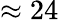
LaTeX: \approx 24